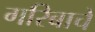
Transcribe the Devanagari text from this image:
गरिबाचे